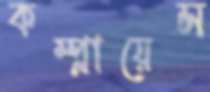
কম্প্লায়েন্স